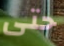
حتى